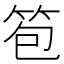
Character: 笣